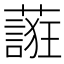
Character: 𬞷